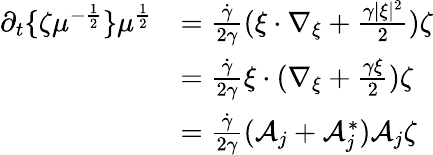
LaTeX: \begin{array}{rl}{\partial_{t}\{ \zeta\mu^{-\frac{1}{2}}\} \mu^{\frac{1}{2}}}&{=\frac{\dot{\gamma}}{2\gamma}(\xi\cdot\nabla_{\xi}+\frac{\gamma|\xi|^{2}}{2})\zeta}\\ &{=\frac{\dot{\gamma}}{2\gamma}\xi\cdot(\nabla_{\xi}+\frac{\gamma\xi}{2})\zeta}\\ &{=\frac{\dot{\gamma}}{2\gamma}(\mathcal A_{j}+\mathcal A_{j}^{*})\mathcal A_{j}\zeta}\end{array}